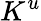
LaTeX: K^{u}